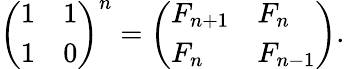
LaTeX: {\left(\begin{array}{ll}{1}&{1}\\ {1}&{0}\end{array}\right)}^{n}={\left(\begin{array}{ll}{F_{n+1}}&{F_{n}}\\ {F_{n}}&{F_{n-1}}\end{array}\right)}.